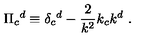
\Pi _ { c } { } ^ { d } \equiv \delta _ { c } { } ^ { d } - { \frac { 2 } { k ^ { 2 } } } k _ { c } k ^ { d } \ .